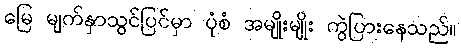
မြေ မျက်နှာသွင်ပြင်မှာ ပုံစံ အမျိုးမျိုး ကွဲပြားနေသည်။